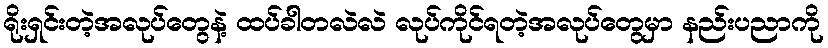
ရိုးရှင်းတဲ့အလုပ်တွေနဲ့ ထပ်ခါတလဲလဲ လုပ်ကိုင်ရတဲ့အလုပ်တွေမှာ နည်းပညာကို